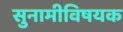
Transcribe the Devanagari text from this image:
सुनामीविषयक